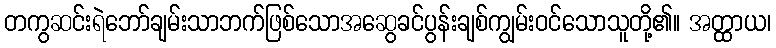
တကွဆင်းရဲဘော်ချမ်းသာဘက်ဖြစ်သောအဆွေခင်ပွန်းချစ်ကျွမ်းဝင်သောသူတို့၏။ အတ္ထာယ၊